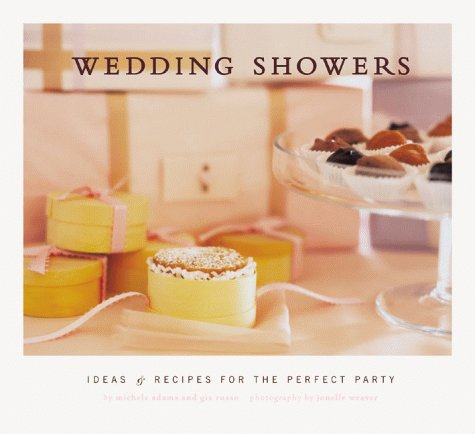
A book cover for Wedding Showers: Ideas and Recipes for the Perfect Party; Michele Adams; Crafts, Hobbies & Home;